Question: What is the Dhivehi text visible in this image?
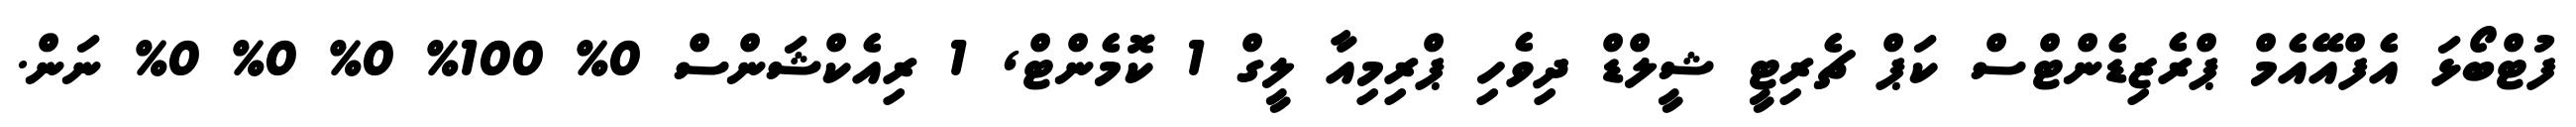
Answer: ފުޓްބޯޅަ އެފްއޭއެމް ޕްރެޒިޑެންޓްސް ކަޕް ޗެރިޓީ ޝީލްޑް ދިވެހި ޕްރިމިއާ ލީގް 1 ކޮމެންޓް, 1 ރިއެކްޝަންސް 0% 100% 0% 0% 0% ނަން.